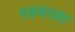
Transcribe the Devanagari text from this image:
पक्ष्यच्या